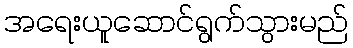
အရေးယူဆောင်ရွက်သွားမည်